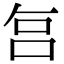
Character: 𠰞